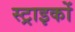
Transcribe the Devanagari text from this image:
स्ट्राइकों